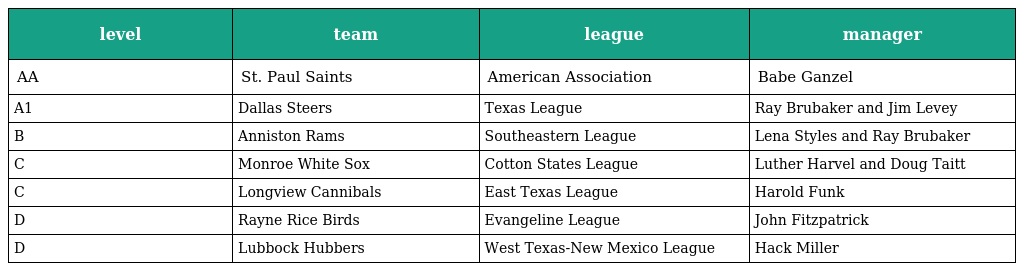
| level | team | league | manager |
 | --- | --- | --- | --- |
 | AA | St. Paul Saints | American Association | Babe Ganzel |
 | A1 | Dallas Steers | Texas League | Ray Brubaker and Jim Levey |
 | B | Anniston Rams | Southeastern League | Lena Styles and Ray Brubaker |
 | C | Monroe White Sox | Cotton States League | Luther Harvel and Doug Taitt |
 | C | Longview Cannibals | East Texas League | Harold Funk |
 | D | Rayne Rice Birds | Evangeline League | John Fitzpatrick |
 | D | Lubbock Hubbers | West Texas-New Mexico League | Hack Miller |